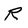
Character: R